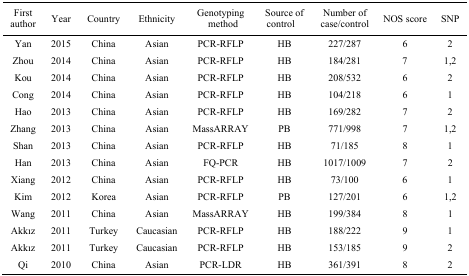
<table><thead><tr><td><b>First author</b></td><td><b>Year</b></td><td><b>Country</b></td><td><b>Ethnicity</b></td><td><b>Genotyping method</b></td><td><b>Source of control</b></td><td><b>Number of case/control</b></td><td><b>NOS score</b></td><td><b>SNP</b></td></tr></thead><tbody><tr><td>Yan</td><td>2015</td><td>China</td><td>Asian</td><td>PCR-RFLP</td><td>HB</td><td>227/287</td><td>6</td><td>2</td></tr><tr><td>Zhou</td><td>2014</td><td>China</td><td>Asian</td><td>PCR-RFLP</td><td>HB</td><td>184/281</td><td>7</td><td>1,2</td></tr><tr><td>Kou</td><td>2014</td><td>China</td><td>Asian</td><td>PCR-RFLP</td><td>HB</td><td>208/532</td><td>6</td><td>2</td></tr><tr><td>Cong</td><td>2014</td><td>China</td><td>Asian</td><td>PCR-RFLP</td><td>HB</td><td>104/218</td><td>6</td><td>1</td></tr><tr><td>Hao</td><td>2013</td><td>China</td><td>Asian</td><td>PCR-RFLP</td><td>HB</td><td>169/282</td><td>7</td><td>2</td></tr><tr><td>Zhang</td><td>2013</td><td>China</td><td>Asian</td><td>MassARRAY</td><td>PB</td><td>771/998</td><td>7</td><td>1,2</td></tr><tr><td>Shan</td><td>2013</td><td>China</td><td>Asian</td><td>PCR-RFLP</td><td>HB</td><td>71/185</td><td>8</td><td>1</td></tr><tr><td>Han</td><td>2013</td><td>China</td><td>Asian</td><td>FQ-PCR</td><td>HB</td><td>1017/1009</td><td>7</td><td>2</td></tr><tr><td>Xiang</td><td>2012</td><td>China</td><td>Asian</td><td>PCR-RFLP</td><td>HB</td><td>73/100</td><td>6</td><td>1</td></tr><tr><td>Kim</td><td>2012</td><td>Korea</td><td>Asian</td><td>PCR-RFLP</td><td>PB</td><td>127/201</td><td>6</td><td>1,2</td></tr><tr><td>Wang</td><td>2011</td><td>China</td><td>Asian</td><td>MassARRAY</td><td>HB</td><td>199/384</td><td>8</td><td>1</td></tr><tr><td>Akkız</td><td>2011</td><td>Turkey</td><td>Caucasian</td><td>PCR-RFLP</td><td>HB</td><td>188/222</td><td>9</td><td>1</td></tr><tr><td>Akkız</td><td>2011</td><td>Turkey</td><td>Caucasian</td><td>PCR-RFLP</td><td>HB</td><td>153/185</td><td>9</td><td>2</td></tr><tr><td>Qi</td><td>2010</td><td>China</td><td>Asian</td><td>PCR-LDR</td><td>HB</td><td>361/391</td><td>8</td><td>2</td></tr></tbody></table>